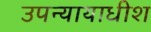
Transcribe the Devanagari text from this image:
उपन्यायाधीश